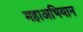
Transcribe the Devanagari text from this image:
महाअभियान